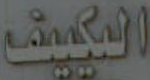
التكيف